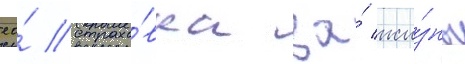
ео́ страхо́вка за́ жи́знь